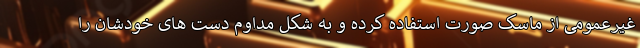
غیرعمومی از ماسک صورت استفاده کرده و به شکل مداوم دست های خودشان را